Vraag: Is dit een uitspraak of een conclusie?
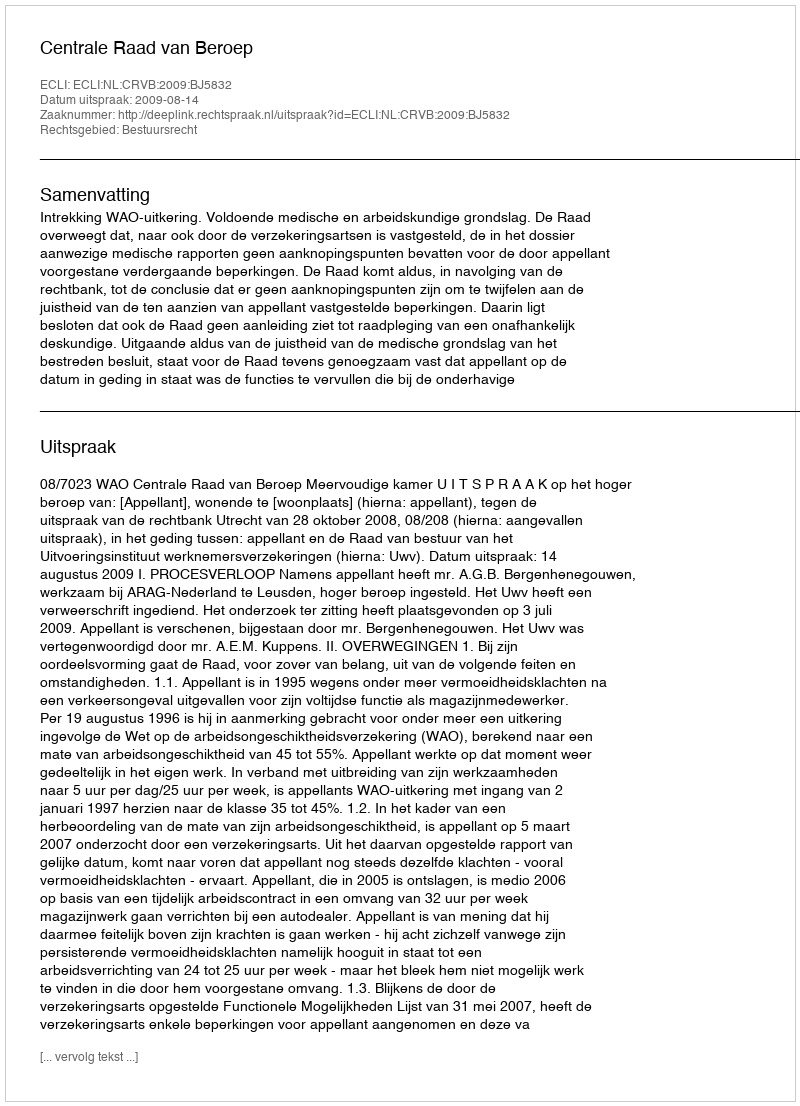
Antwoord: Uitspraak